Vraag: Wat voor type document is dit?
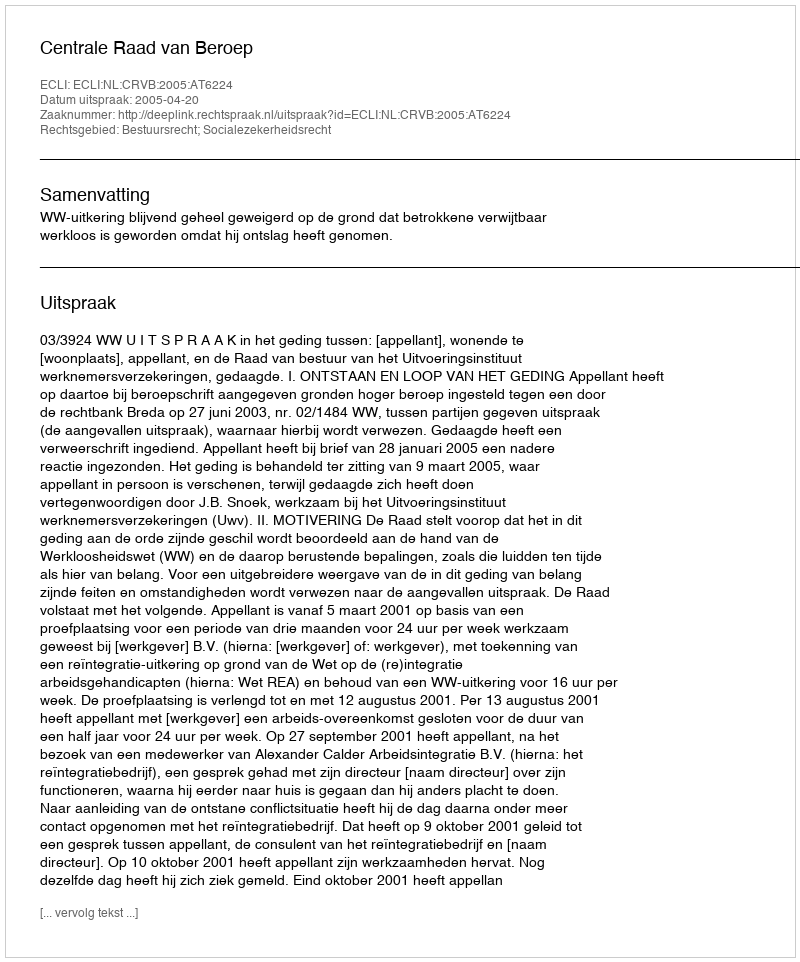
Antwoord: Uitspraak